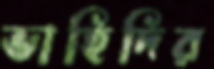
ভাহিদির